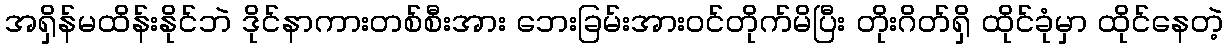
အရှိန်မထိန်းနိုင်ဘဲ ဒိုင်နာကားတစ်စီးအား ဘေးခြမ်းအားဝင်တိုက်မိပြီး တိုးဂိတ်ရှိ ထိုင်ခုံမှာ ထိုင်နေတဲ့